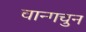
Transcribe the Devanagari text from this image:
चान्गचुन